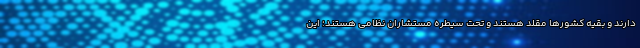
دارند و بقیه کشورها مقلد هستند و تحت سیطره مستشاران نظامی هستند؛ این